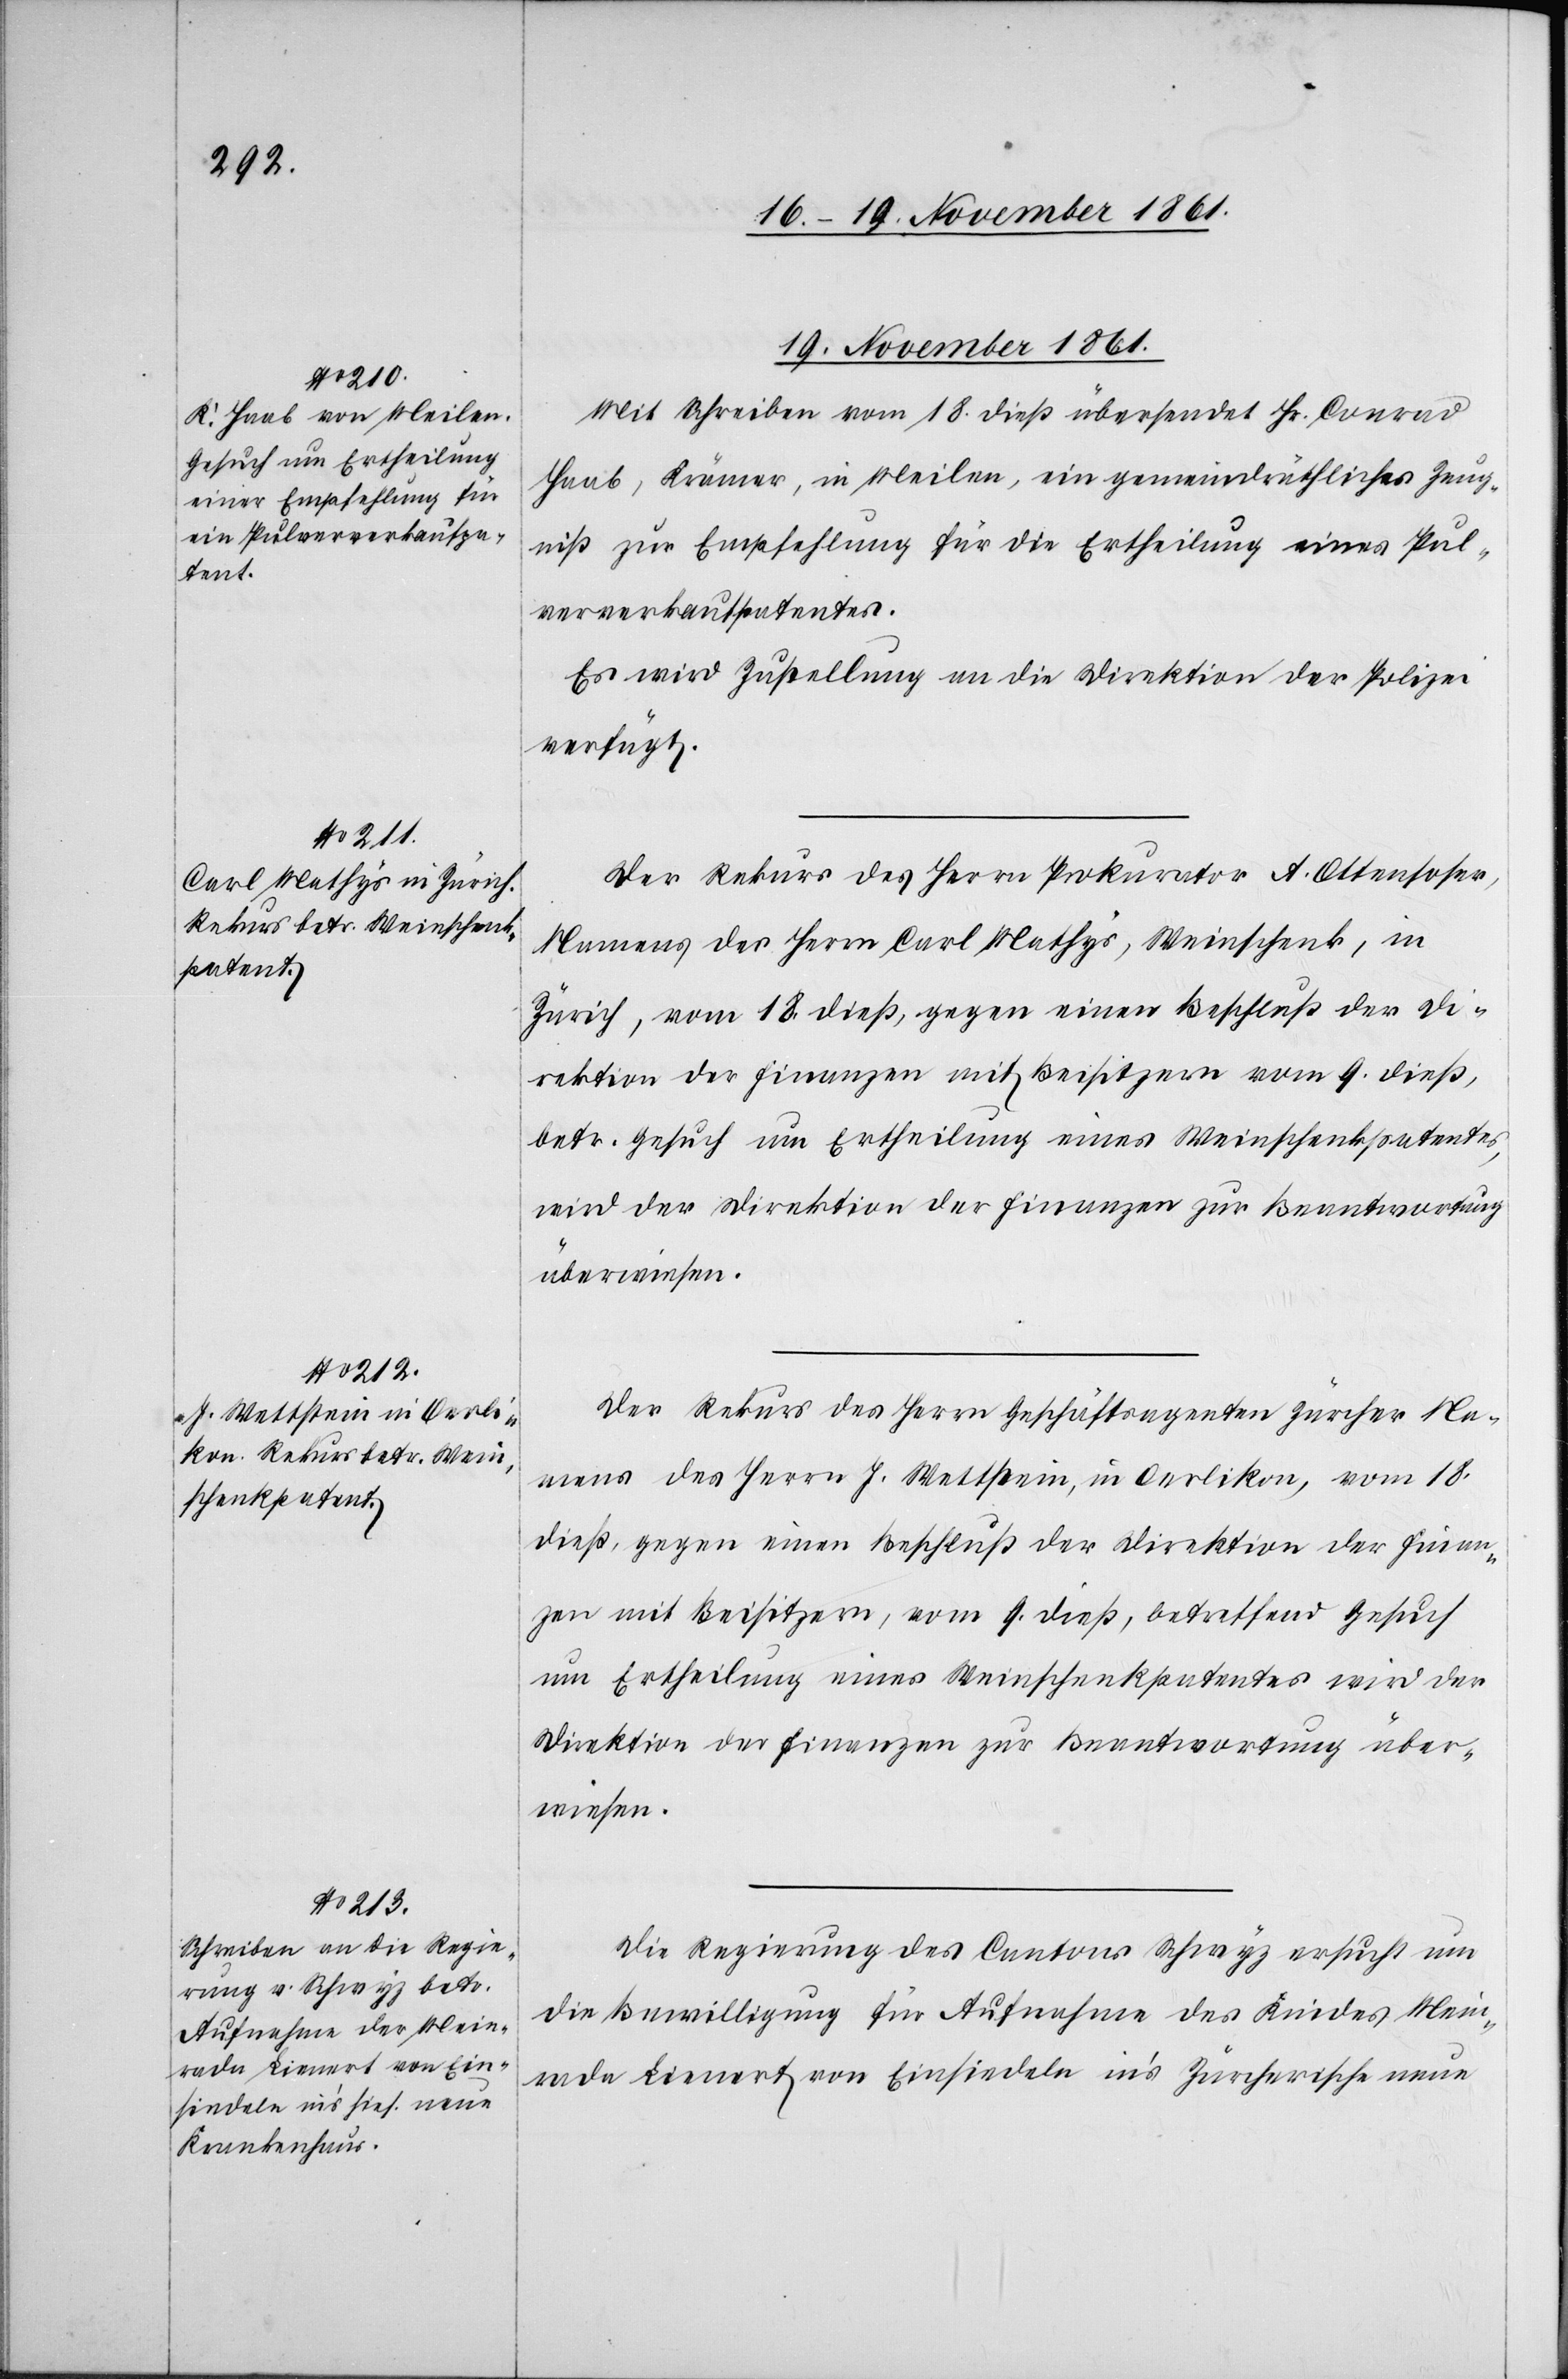
19 November 1861.]
Mit Schreiben vom 18 dieß übersendet Hr. Conrad
Haab, Krämer, in Meilen, ein gemeindräthliches Zeug¬
niß zur Empfehlung für die Ertheilung eines Pul¬
ververkaufpatentes.
Es wird Zustellung an die Direktion der Polizei
verfügt.
Der Rekurs des Herrn Prokurator A. Ottensoser,
Namens des Herrn Carl Mathys, Weinschenk, in
Zürich, vom 18 dieß, gegen einen Beschluß der Di¬
rektion der Finanzen mit Beisitzern vom 9 dieß,
betr. Gesuch um Ertheilung eines Weinschenkpatentes,
wird der Direktion der Finanzen zur Beantwortung
überwiesen.
Der Rekurs des Herrn Geschäftsagenten Zürcher Na¬
mens des Herrn J. Wettstein, in Oerlikon, vom 18
dieß, gegen einen Beschluß der Direktion der Finan¬
zen mit Beisitzern, vom 9 dieß, betreffend Gesuch
um Ertheilung eines Weinschenkpatentes wird der
Direktion der Finanzen zur Beantwortung über¬
wiesen.
Die Regierung des Cantons Schwyz ersucht um
die Bewilligung für Aufnahme des Kindes Mein¬
rada Lienert von Einsiedeln in’s Zürcherische neue